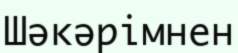
Шәкәрімнен